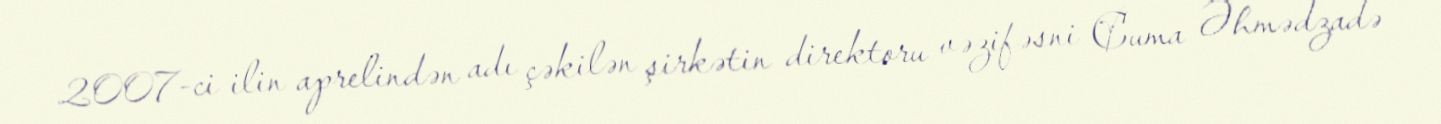
2007-ci ilin aprelindən adı çəkilən şirkətin direktoru vəzifəsni Cuma Əhmədzadə